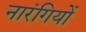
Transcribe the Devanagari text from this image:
नारंगियों